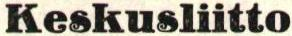
Keskusliitto